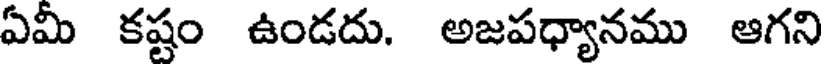
ఏమీ కష్టం ఉండదు. అజపధ్యానము ఆగని